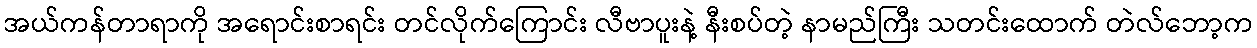
အယ်ကန်တာရာကို အရောင်းစာရင်း တင်လိုက်ကြောင်း လီဗာပူးနဲ့ နီးစပ်တဲ့ နာမည်ကြီး သတင်းထောက် တဲလ်ဘော့က